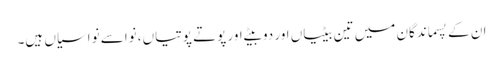
ان کے پسماندگان میں تین بیٹیاں اور دو بیٹے اور پوتے پوتیاں، نواسے نواسیاں ہیں۔